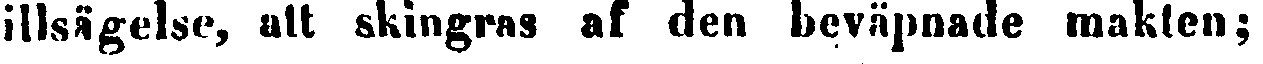
tillsägelse, att skingras af den beväpnade makten;